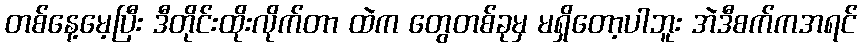
တစ်နေ့မေ့ပြီး ဒီတိုင်းထိုးလိုက်တာ ထဲက တွေတစ်ခုမှ မရှိတော့ပါဘူး အဲဒီစက်ကအရင်